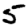
Digit: 5